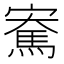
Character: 𪧫